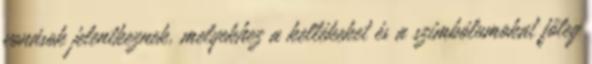
vonások jelentkeznek, melyekhez a kellékeket és a szimbólumokat főleg